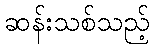
ဆန်းသစ်သည့်